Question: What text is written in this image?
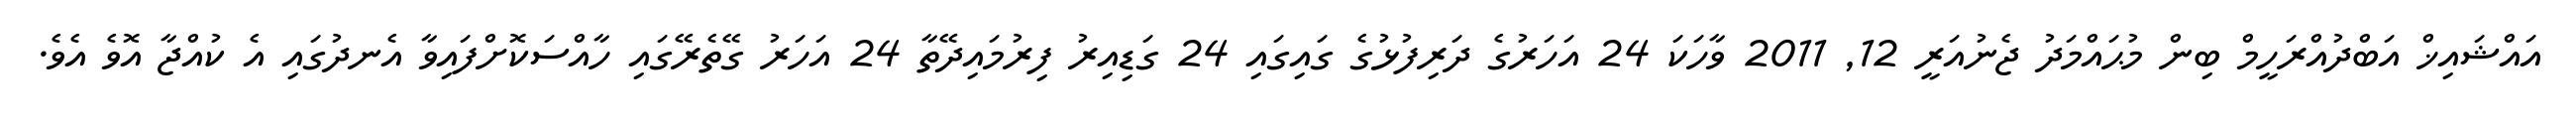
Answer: އައްޝައިޚް އަބްދުއްރަހީމް ބިން މުޙައްމަދު ޖެނުއަރީ 12, 2011 ވާހަކަ 24 އަހަރުގެ ދަރިފުޅުގެ ގައިގައި 24 ގަޑިއިރު ފިރުމައިދޭތާ 24 އަހަރު ގޭތެރޭގައި ހާއްސަކޮށްފައިވާ އެނދުގައި އެ ކުއްޖާ އޮވެ އެވެ.